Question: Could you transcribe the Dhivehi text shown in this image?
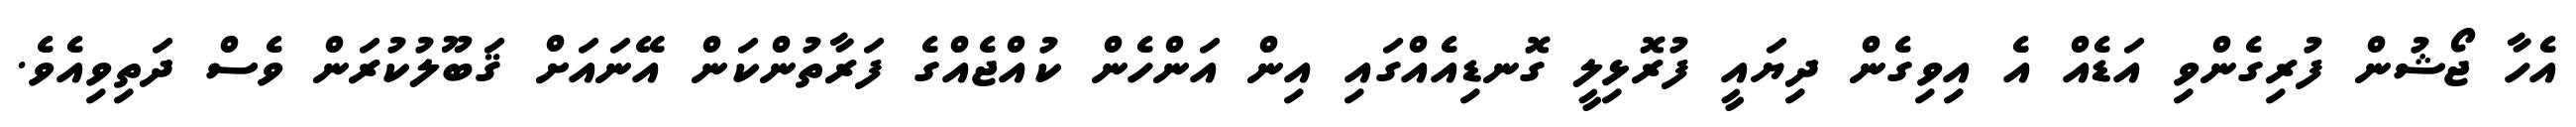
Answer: އެހާ ޖޯޝުން ފުރިގެންވި އަޑެއް އެ އިވިގެން ދިޔައީ ފުރޮޅިލީ ގޮނޑިއެއްގައި އިން އަންހެން ކުއްޖެއްގެ ފަރާތުންކަން އޭނައަށް ޤަބޫލުކުރަން ވެސް ދަތިވިއެވެ.